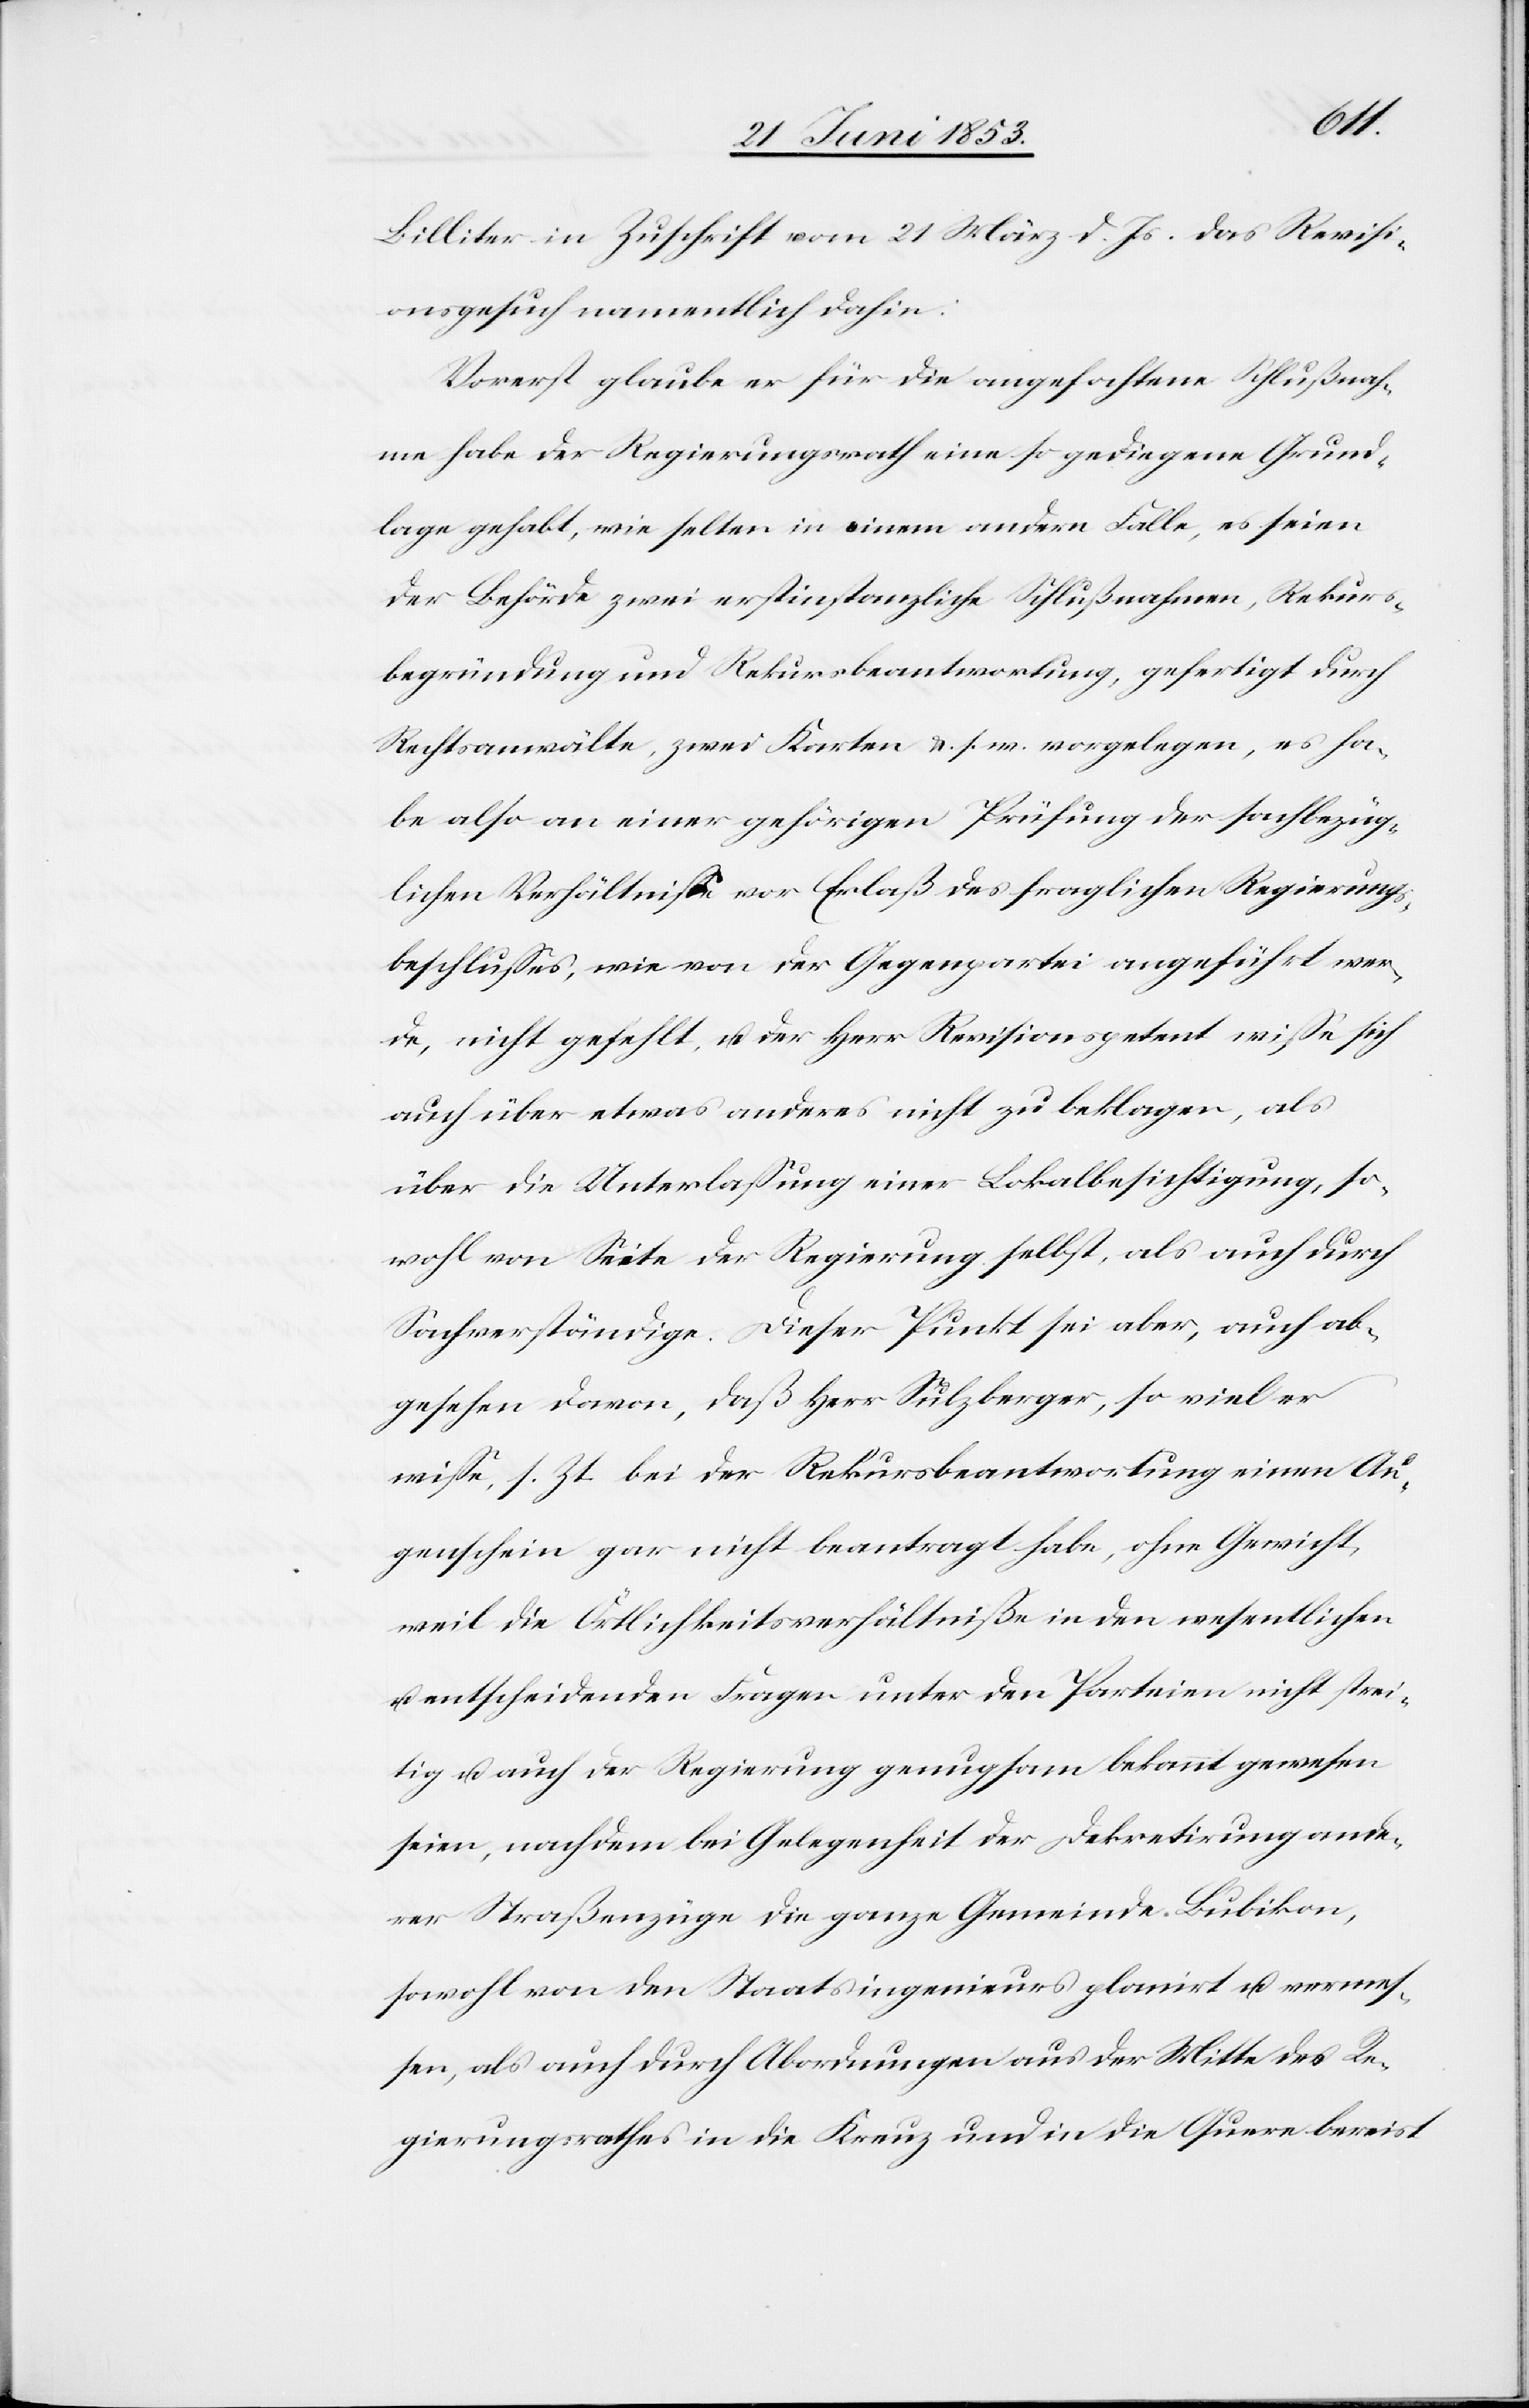
Billiter in Zuschrift vom 21 März d. Js. das Revisi¬
onsgesuch namentlich dahin:
Vorerst glaube er für die angefochtene Schußnah¬
me habe der Regierungsrath eine so gediegene Grund¬
lage gehabt, wie selten in einem andern Falle, es seien
der Behörde zwei erstinstanzliche Schlußnahmen, Rekurs¬
begründung und Rekursbeantwortung, gefertigt durch
Rechtsanwälte, zwei Karten u. s. w. vorgelegen, es ha¬
be also an einer gehörigen Prüfung der sachbezüg¬
lichen Verhältniße vor Erlaß des fraglichen Regierungs¬
beschlußes, wie von der Gegenpartei angeführt wer¬
de, nicht gefehlt, u. der Herr Revisionspetent wiße sich
auch über etwas anderes nicht zu beklagen, als
über die Unterlaßung einer Lokalbesichtigung, so¬
wohl von Seite der Regierung selbst, als auch durch
Sachverständige. Dieser Punkt sei aber, auch ab¬
gesehen davon, daß Herr Sulzberger, so viel er
wiße, s. Zt. bei der Rekursbeantwortung einen Au¬
genscheine gar nicht beantragt habe, ohne Gewicht,
weil die Örtlichkeitsverhältniße in den wesentlichen
u. entscheidenden Frage unter den Parteien nicht strei¬
tig u. auch der Regierung genugsam bekannt gewesen
seien, nachdem bei Gelegenheit der Dekretirung ande¬
rer Straßenzüge die ganze Gemeinde Bubikon,
sowohl von den Staatsingenieurs planirt u. vermes¬
sen, als auch durch Abordnungen aus der Mitte des Re¬
gierungsrathes in die Kreuz und in die Quere bereist